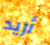
أريد